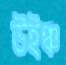
উইঞ্চ